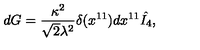
d G = { \frac { \kappa ^ { 2 } } { \sqrt { 2 } \lambda ^ { 2 } } } \delta ( x ^ { 1 1 } ) d x ^ { 1 1 } \hat { I _ { 4 } } ,